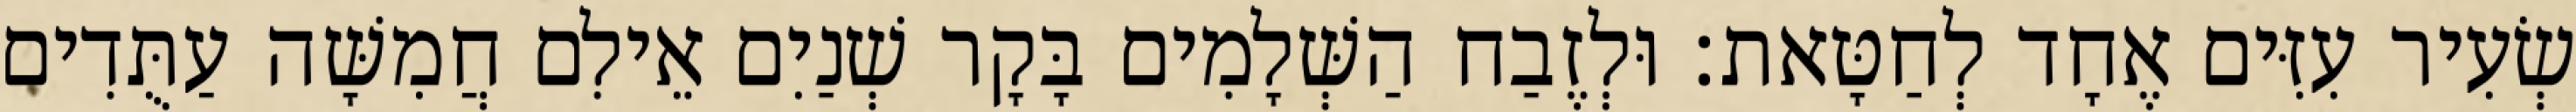
שְׂעִיר עִזִּים אֶחָד לְחַטָּאת׃ וּלְזֶבַח הַשְּׁלָמִים בָּקָר שְׁנַיִם אֵילִם חֲמִשָּׁה עַתֻּדִים